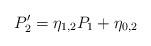
LaTeX: \begin{align*}P'_2=\eta_{1,2}P_1+\eta_{0,2}\end{align*}